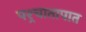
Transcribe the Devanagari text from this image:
पश्र्चातापात